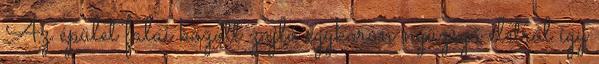
Az épület falai között zajló egykoron nyüzsgő életről így